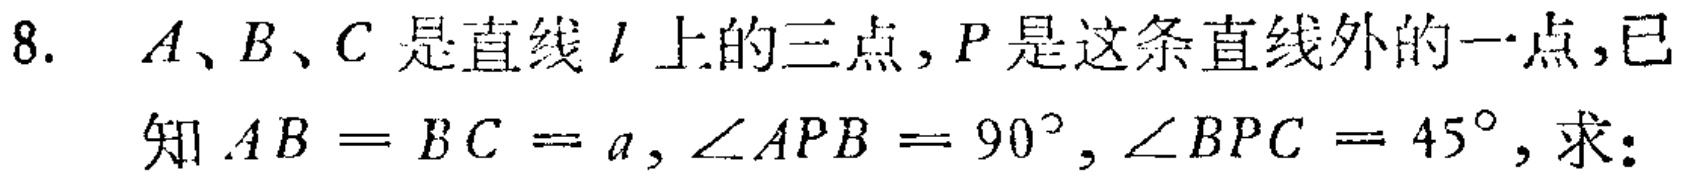
8. \(A、B、C\)是直线\(l\)上的三点，\(P\)是这条直线外的一点，已知\(AB = BC = a,\angle APB = 90^{\circ},\angle BPC = 45^{\circ}\)，求：